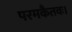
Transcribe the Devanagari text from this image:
परमकैतवः।